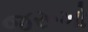
જરૂખો